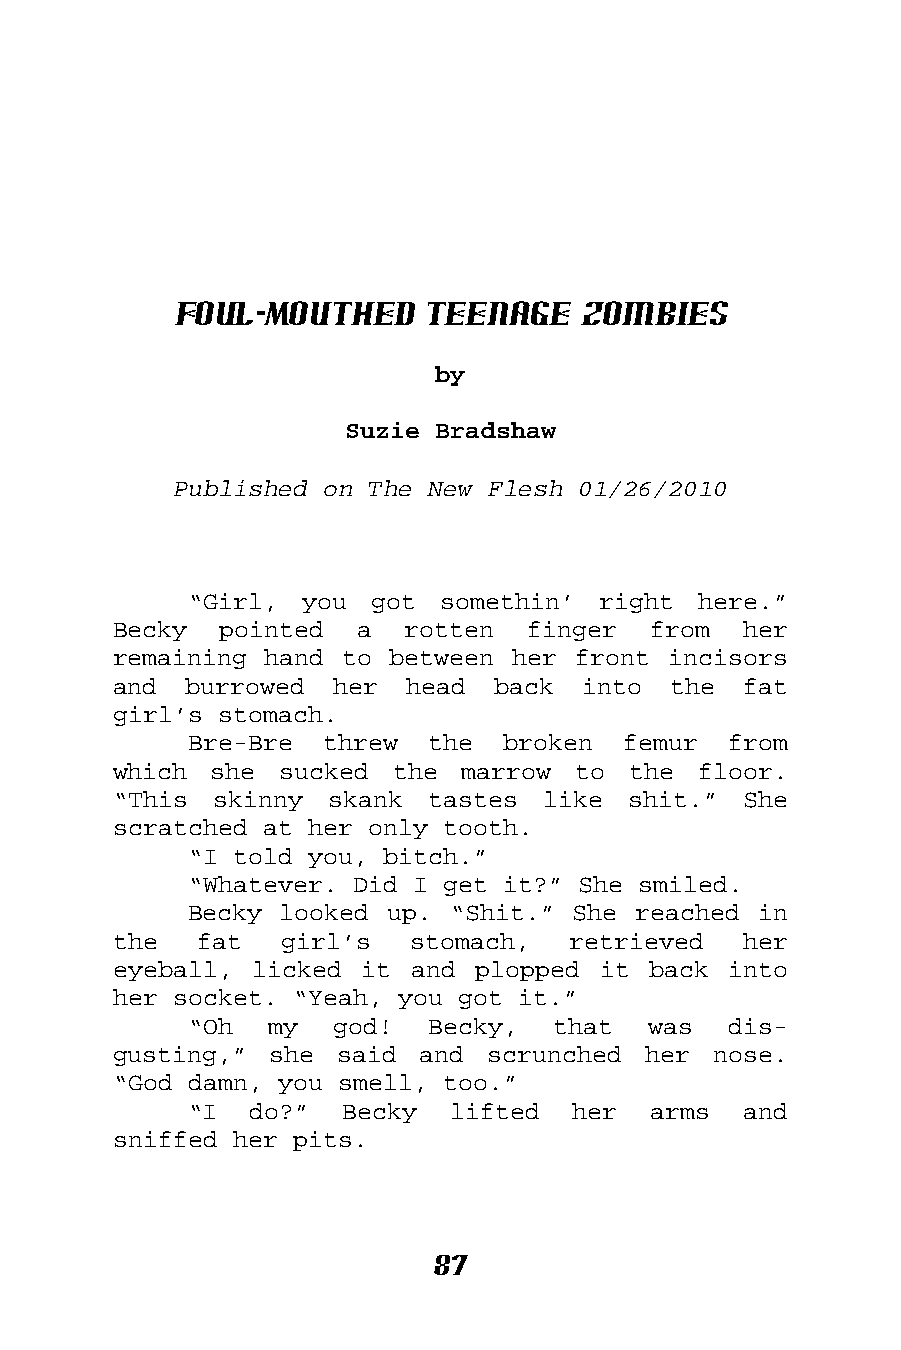
Foul-Mouthed    Teenage    Zombies
 by
 Suzie Bradshaw
 Published on The New Flesh 01/26/2010
 “Girl, you  got  somethin’ right  here.”
 Becky  pointed  a  rotten  finger  from   her
 remaining hand to between her front  incisors
 and  burrowed her  head  back  into  the  fat
 girl’s stomach.
 Bre-Bre  threw  the  broken  femur  from
 which she  sucked the  marrow to  the  floor.
 “This skinny  skank  tastes like  shit.”  She
 scratched at her only tooth.
 “I told you, bitch.”
 “Whatever. Did I get it?” She smiled.
 Becky looked up. “Shit.” She reached  in
 the  fat   girl’s   stomach,  retrieved   her
 eyeball, licked it  and plopped it back  into
 her socket. “Yeah, you got it.”
 “Oh  my  god!   Becky,  that  was   dis-
 gusting,” she  said and  scrunched her  nose.
 “God damn, you smell, too.”
 “I  do?”  Becky  lifted  her  arms   and
 sniffed her pits.
 87